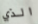
الذي